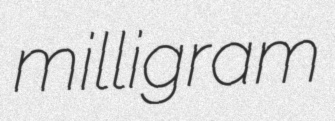
milligram